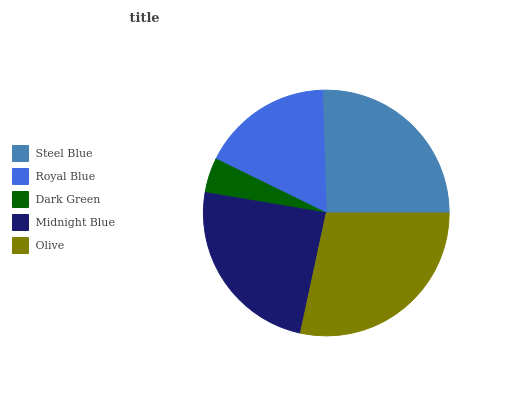
| Steel Blue | Royal Blue | Dark Green | Midnight Blue | Olive |
 | --- | --- | --- | --- | --- |
 | 25.5% | 17.2% | 4.59% | 24.4% | 28.4% |